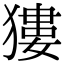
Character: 㺏